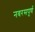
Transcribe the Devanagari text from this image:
नवरसपूर्ण